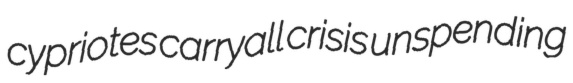
cypriotes carryall crisis unspending